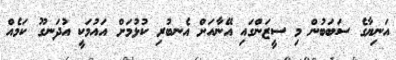
އަނިޔާގެ ސަބަބުން މި ސީޒަންގައި އޭނާއަށް އެނބުރި ކުޅުމަށް އައުމަކީ އުދަނގޫ ކަމެއް